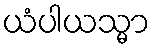
ယံပါယသ္မာ